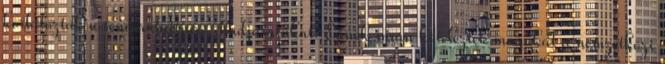
korlátozták a tengeralattjáró-hadjáratukat. Ennek során kötelezték magukat a nemzetközi